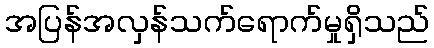
အပြန်အလှန်သက်ရောက်မှုရှိသည်